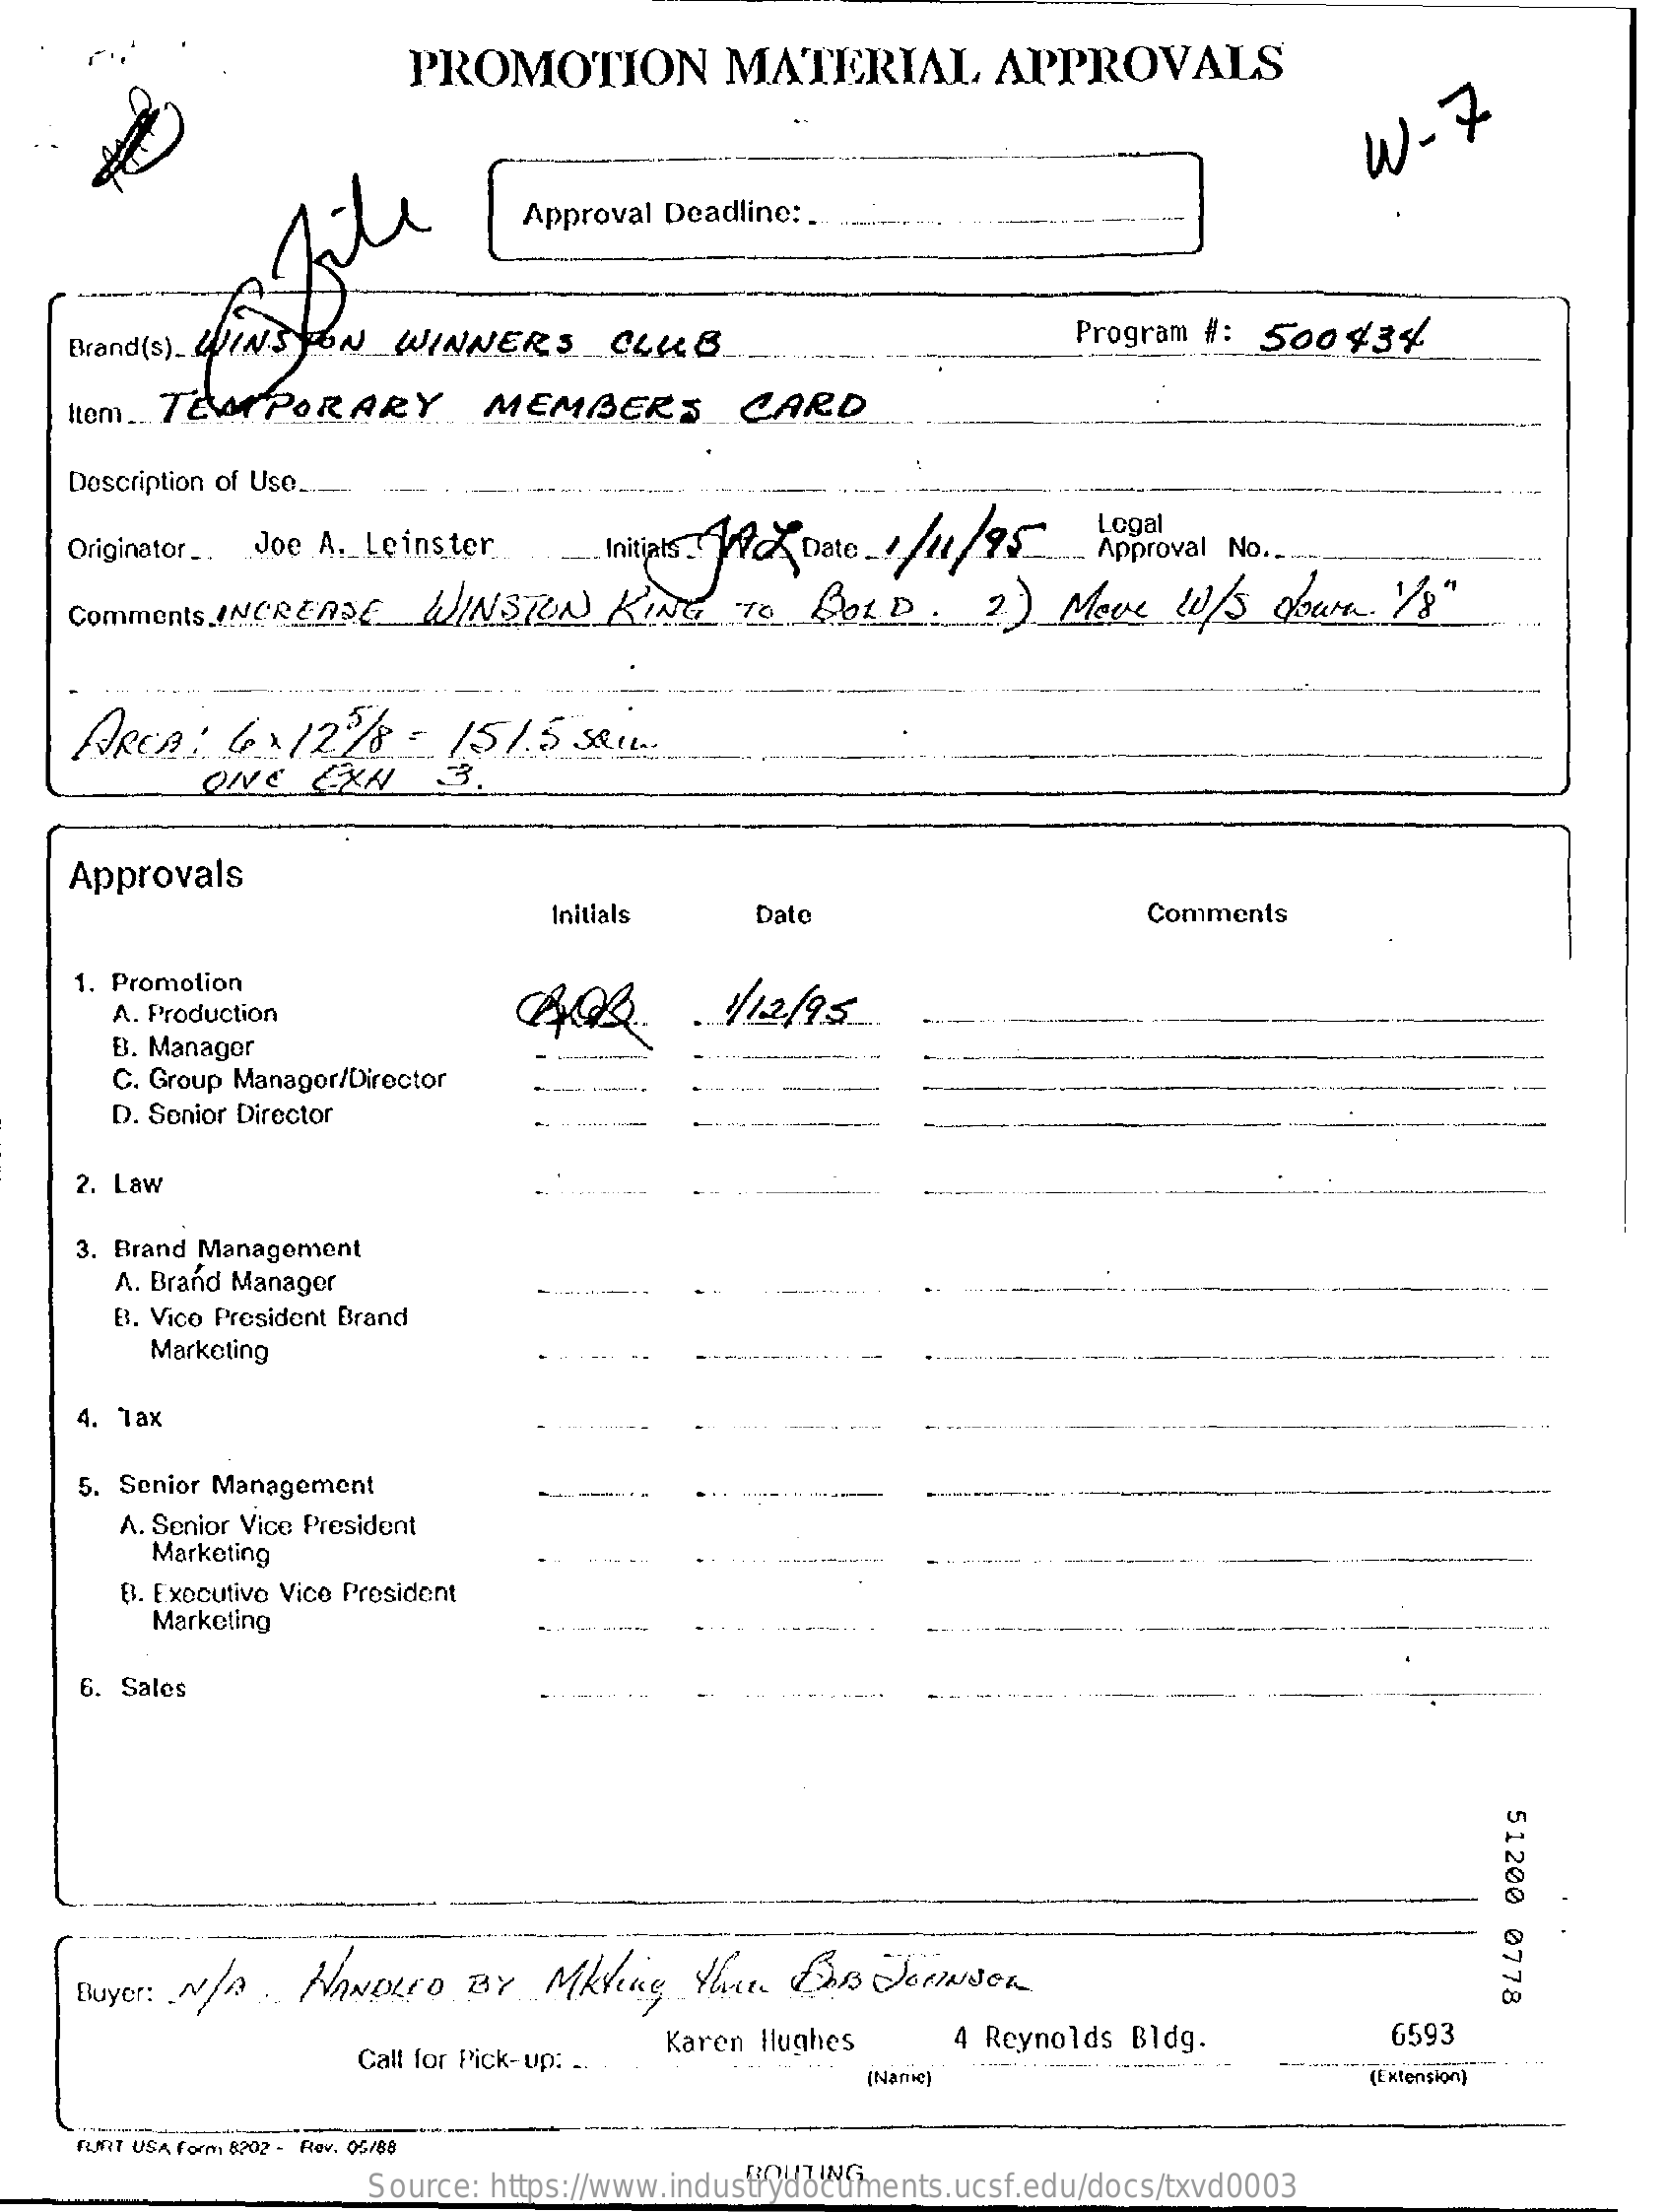
PROMOTION    MATERIAL    APPROVALS
     W  - 7
     Approval Deadline: ...
     Brand (s). WINSTON  WINNERS    CLUB    Program #: 500   434
    lom.  TEMPORARY    MEMBERS    CARD
     Description of Use ....
     Originator _. Joe A ._ Leinster  Initials   Kvare_ 1/11/95
     Logal
     Approval No ..
     Comments INCREASE    WINSTON    KING    TO   BOLD.    ? ) Move    w/S   yourn.  1/8"
     AREA:    6  x 121/8  - 151.5   SQIL ..
     Approvals
     Initials    Date    Comments
     1. Promotion
     A. Production    .1/12/95
     B. Manager
     C. Group Manager/Director
     D. Senior Director
     2. Law
     3. Brand Management
     A. Brand Manager
     B. Vice President Brand
     Marketing
     4. Tax
     5. Senior Management
     A. Senior Vice President
     Marketing
     B. Executive Vice President
     Marketing
     6. Sales
     51200
     0778
     Buyer: N/ A   HANDLED    BY   Mkring   the    BAR   JENNsen
     Call for Pick-up: ..
     Karen Hughes    4 Reynolds Bldg.    6593
     (Name)    (Extension)
     FLMIT USA Form 8202 - Rev. 05/69
     Source: https://www.industrydocuments.ucsf.edu/docs/txvd0003
     ROUTING